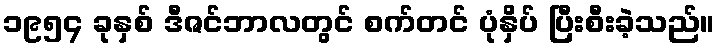
၁၉၅၄ ခုနှစ် ဒီဇင်ဘာလတွင် စက်တင် ပုံနှိပ် ပြီးစီးခဲ့သည်။